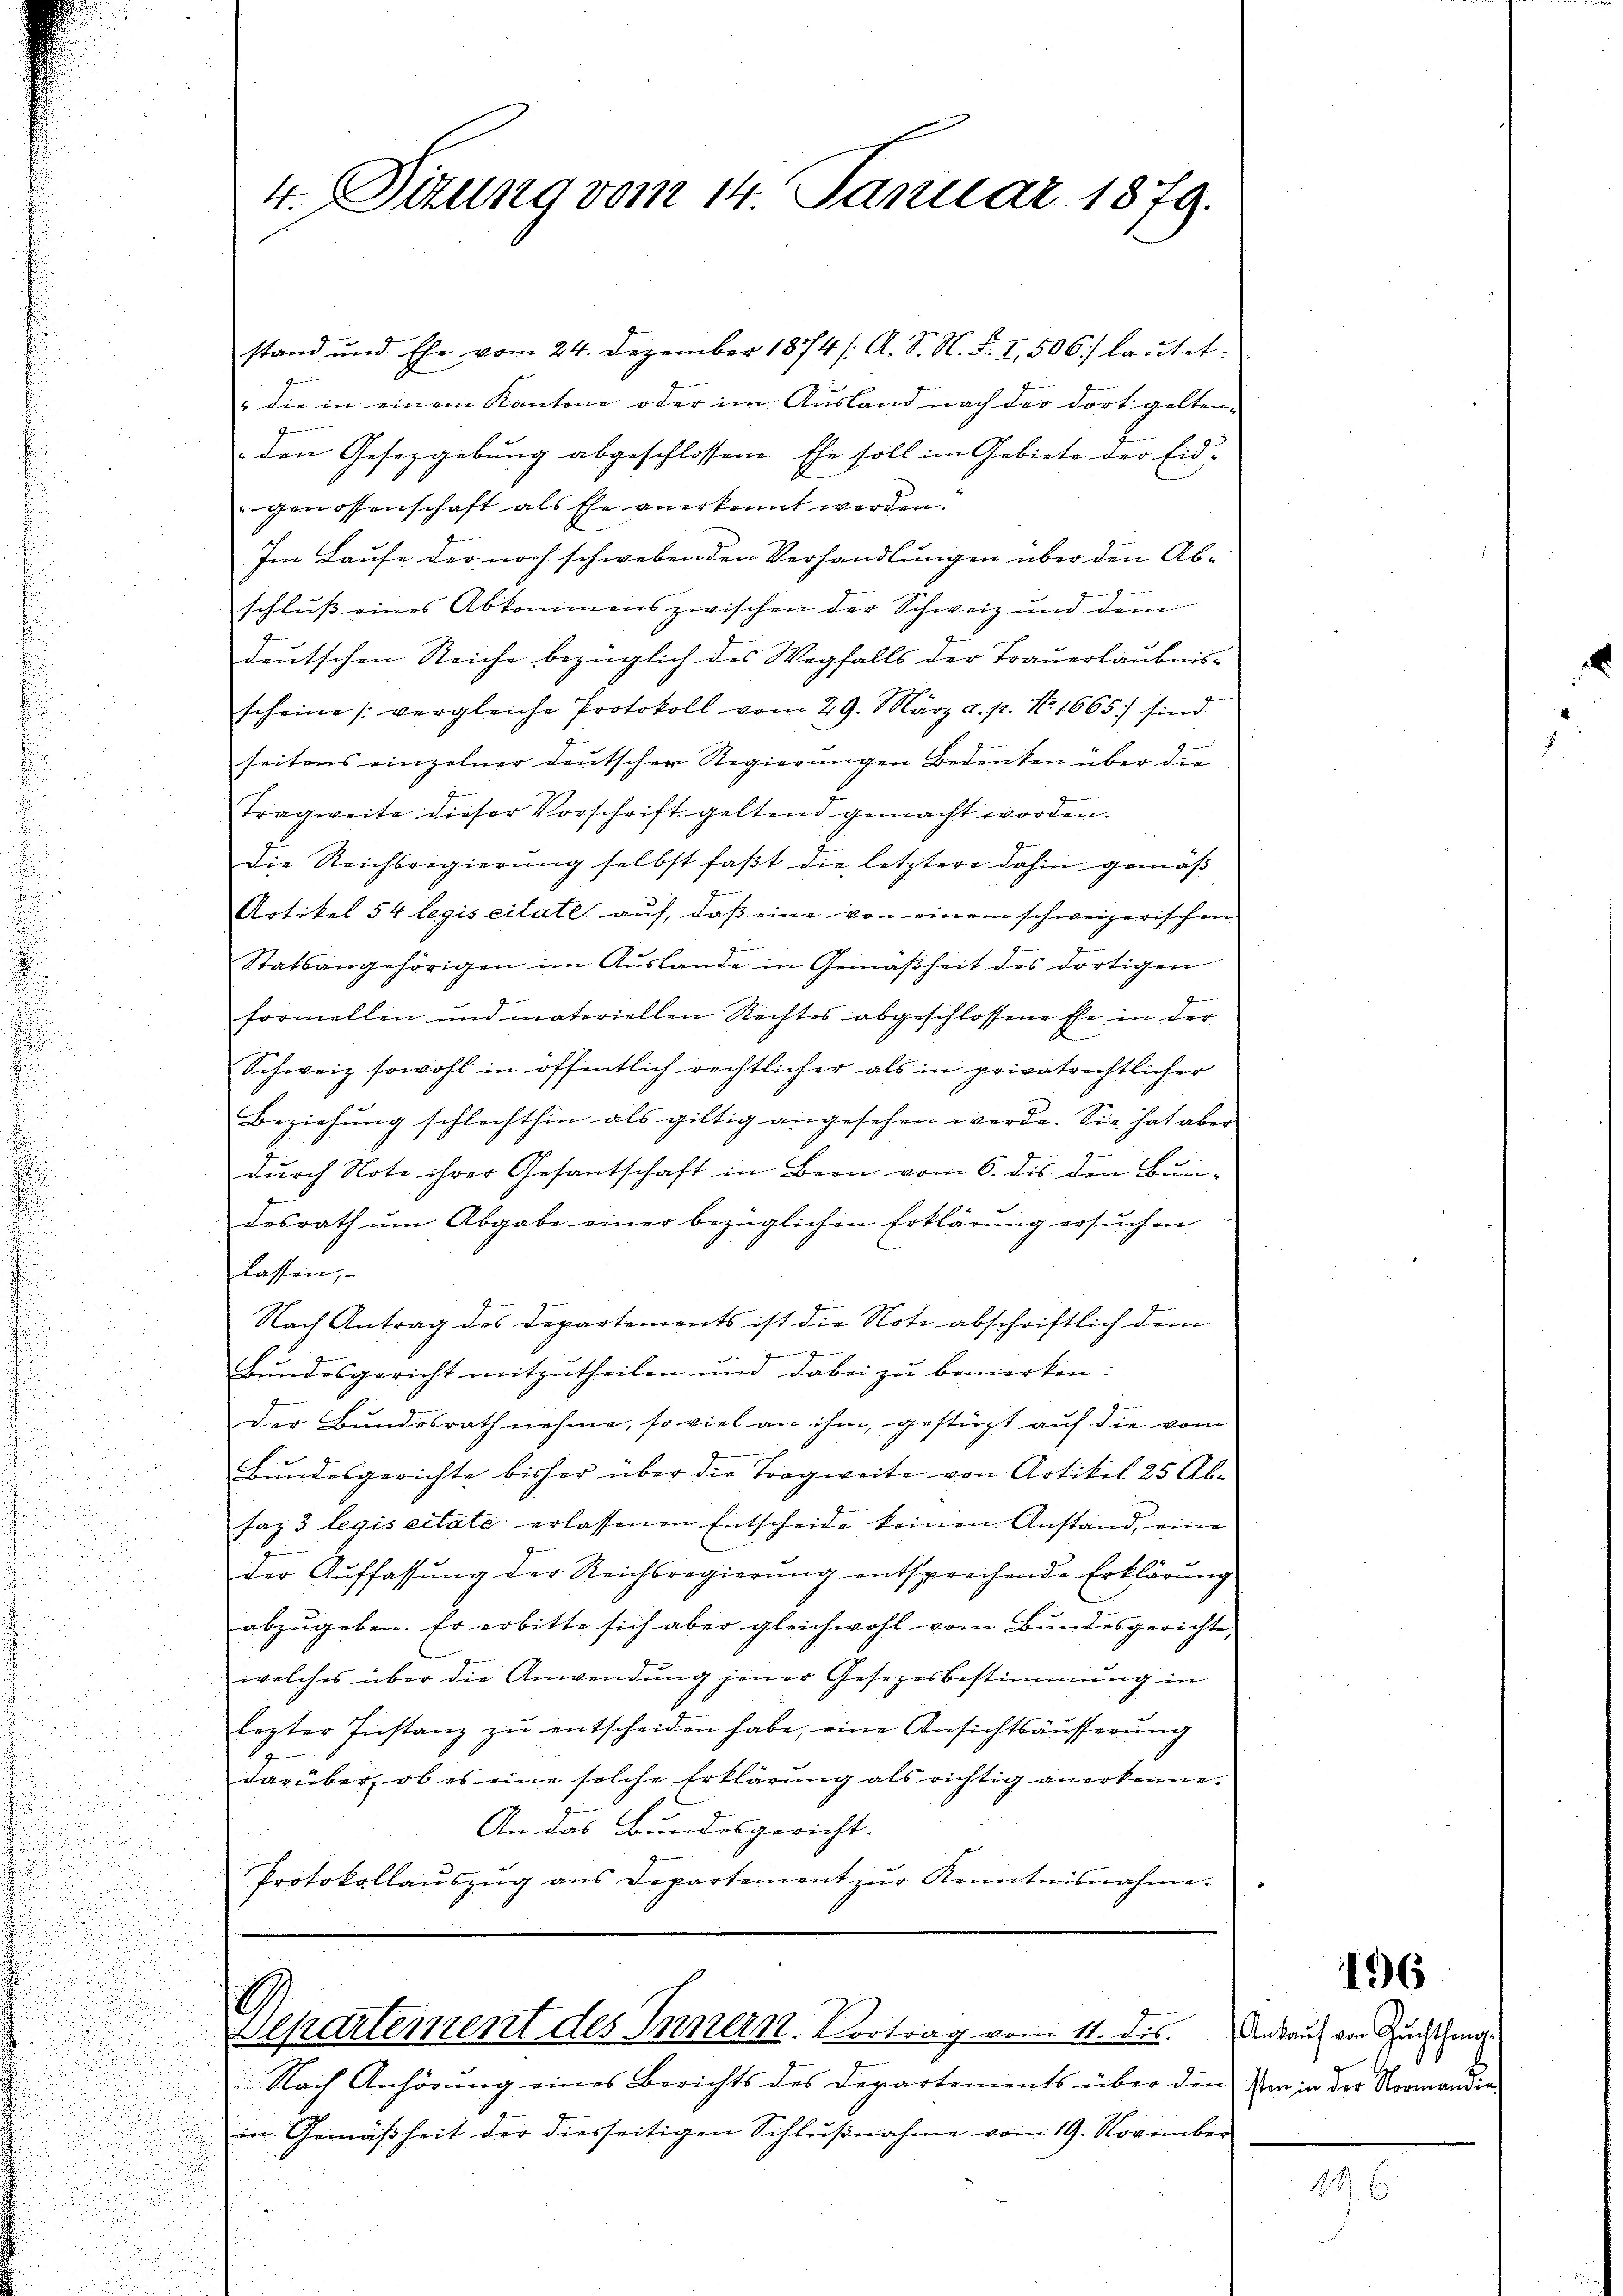
4. Situng vom 14. Januar 1879.

stand und Ehe vom 24. Dezember 1874 /: A. S. N. F. I, 506.) laŭtet:
" die in einem Kantone oder im Ausland nach der dort gelten- |
den Gesetzgebung abgeschlossene Ehe soll im Gebiete der Eidgenossenschaft als Ehe anerkennt werden.
Im Laufe der noch schwebenden Verhandlungen über den Ab-
schluß eines Abkommens zwischen der Schweiz und dem
deutschen Reiche bezüglich des Wegfalls der Trauerlaubnis-
scheine (vergleiche Protokoll vom 29. März a. p. N. 1665) sind
A
seitens einzelner deutscher Regierungen Bedenken über die
Tragweite dieser Vorschrift geltend gemacht worden.
die Reichsregierung selbst faßt die letztere dahin gemäß
Artikel 54 legis citate auf, daß eine von einem schweizerischen
g
Statsangehörigen im Auslande in Gemäßheit des dortigen
formellen und materiellen Rechtes abgeschlossene Ehe in der
Schweiz sowohl in öffentlich rechtlicher als in privatrechtlicher
Beziehŭng schlechthin als giltig angesehen werde. Sie hat aber
durch Note ihrer Gesantschaft in Bern vom 6. dis den Bundesrath um Abgabe einer bezüglichen Erklärung ersuchen
lassen,
Nach Antrag des Departements ist die Note abschriftlich dem
7
Bundesgericht mitzutheilen und dabei zu bemerken:
der Bundesrath nehme, so viel an ihm, gestüzt auf die vom
BBundesgerichte bisher über die Tragweite von Artikel 25 Ab-
saz 3 legis citate erlassenen Entscheide keinen Anstand, eine
der Aŭffassŭng der Reichsregierŭng entsprechende Erklärŭng
abzŭgeben. Er erbitte sich aber gleichwohl vom Bŭndesgerichte,
welches über die Anwendung jener Gesetzesbestimmung in
lezter Instanz zŭ entscheiden habe, eine Ansichtsäusserung
darüber, ob es eine solche Erklärung als richtig anerkenne.
An das Bundesgericht.

Protokollauszug aus Departement zur Kenntnisnahme.

.
Departement des Innern. Vortrag vom 11. des

Nach Anhörung eines Berichts des Departements über den er in der Normandinin Gemäßheit der diesseitigen Schlußnahme vom 19. November
t

196

Ankauf von Zuchthaug.

49. 6